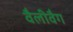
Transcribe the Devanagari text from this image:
वैलीवैग